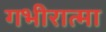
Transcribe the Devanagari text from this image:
गभीरात्मा